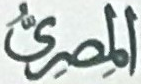
المصرى